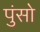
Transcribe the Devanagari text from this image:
पुंसो